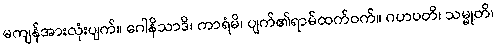
မကျန်အားလုံးပျက်။ ဂေါနိသာဒိ၊ ကာရံမိ၊ ပျက်၏ရာမ်ထက်ဝက်။ ဂဟပတိ၊ သမ္မုတိ၊